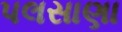
પલસાણા